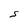
Character: S